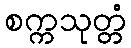
စက္ကသုတ္တံ